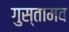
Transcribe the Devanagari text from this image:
गुस्तामव